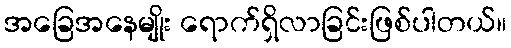
အခြေအနေမျိုး ရောက်ရှိလာခြင်းဖြစ်ပါတယ်။